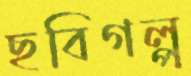
ছবিগল্প